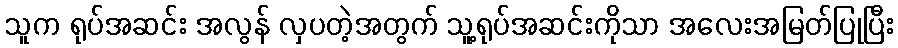
သူက ရုပ်အဆင်း အလွန် လှပတဲ့အတွက် သူ့ရုပ်အဆင်းကိုသာ အလေးအမြတ်ပြုပြီး